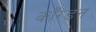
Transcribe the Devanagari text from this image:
काँग्डन